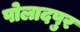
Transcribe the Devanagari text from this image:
पोलादपुर